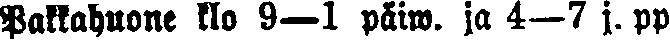
Pakkahuone klo 9—l päiw. ja 4—7 j. pp